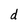
Character: d